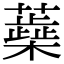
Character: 蘃